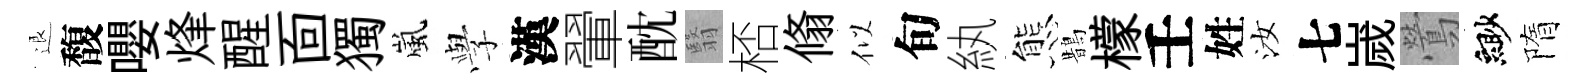
退馥嚶烽醒靣獨嵐𫝯漢翬酖翳桮翛似旬紈態鵲檬壬姓汝七嵗鶯緲隋